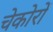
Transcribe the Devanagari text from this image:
चेकोरों